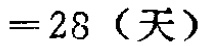
$=28 \text{（天）}$